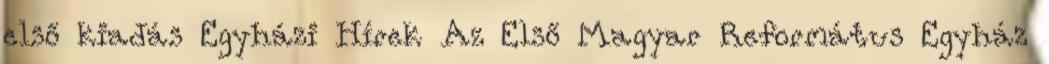
első kiadás Egyházi Hírek Az Első Magyar Református Egyház